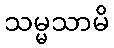
သမ္မသာမိ